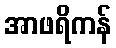
အာဖရိကန်